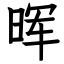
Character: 晖